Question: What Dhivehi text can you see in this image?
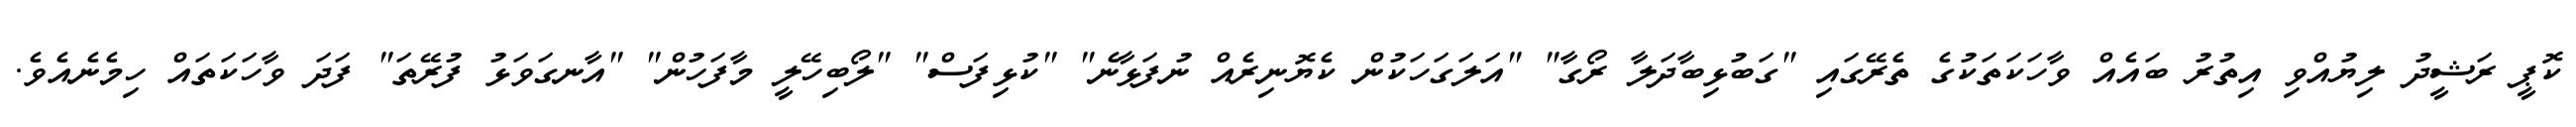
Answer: ކޮޕީ ރަޝީދު ލިޔުއްވި އިތުރު ބައެއް ވާހަކަތަކުގެ ތެރޭގައި "ގަބުޅިބާދަލާ ރޯގާ" "އަލަގަހަކުން ކެޔޮނިރެއް ނުފަޅާނެ" "ކުޅިފަސް" "ލޯބިހޭލީ މާފަހުން" "އާނގަވަޅު ފުރޭތަ" ފަދަ ވާހަކަތައް ހިމެނެއެވެ.